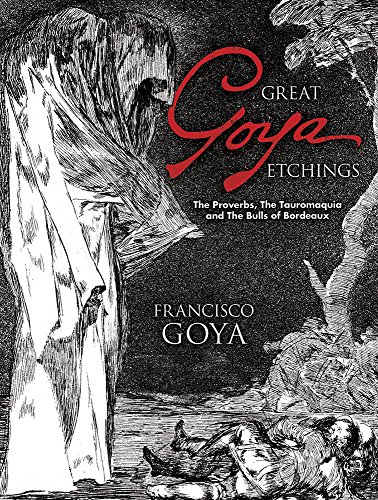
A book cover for Great Goya Etchings: The Proverbs, The Tauromaquia and The Bulls of Bordeaux (Dover Fine Art, History of Art); Francisco Goya; Arts & Photography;